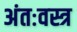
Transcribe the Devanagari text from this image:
अंतःवस्त्र